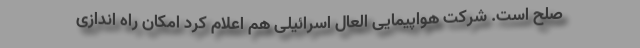
صلح است. شرکت هواپیمایی العال اسرائیلی هم اعلام کرد امکان راه اندازی